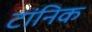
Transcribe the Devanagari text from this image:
टांनिक